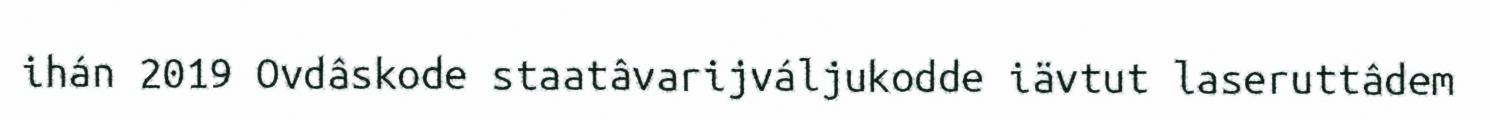
ihán 2019 Ovdâskode staatâvarijváljukodde iävtut laseruttâdem